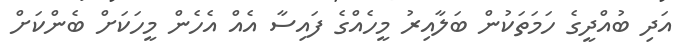
އަދި ބުއްދީގެ ހަމަތަކުން ބަލާއިރު މީހެއްގެ ފައިސާ އެއް އެހެން މީހަކަށް ބެންކަށް